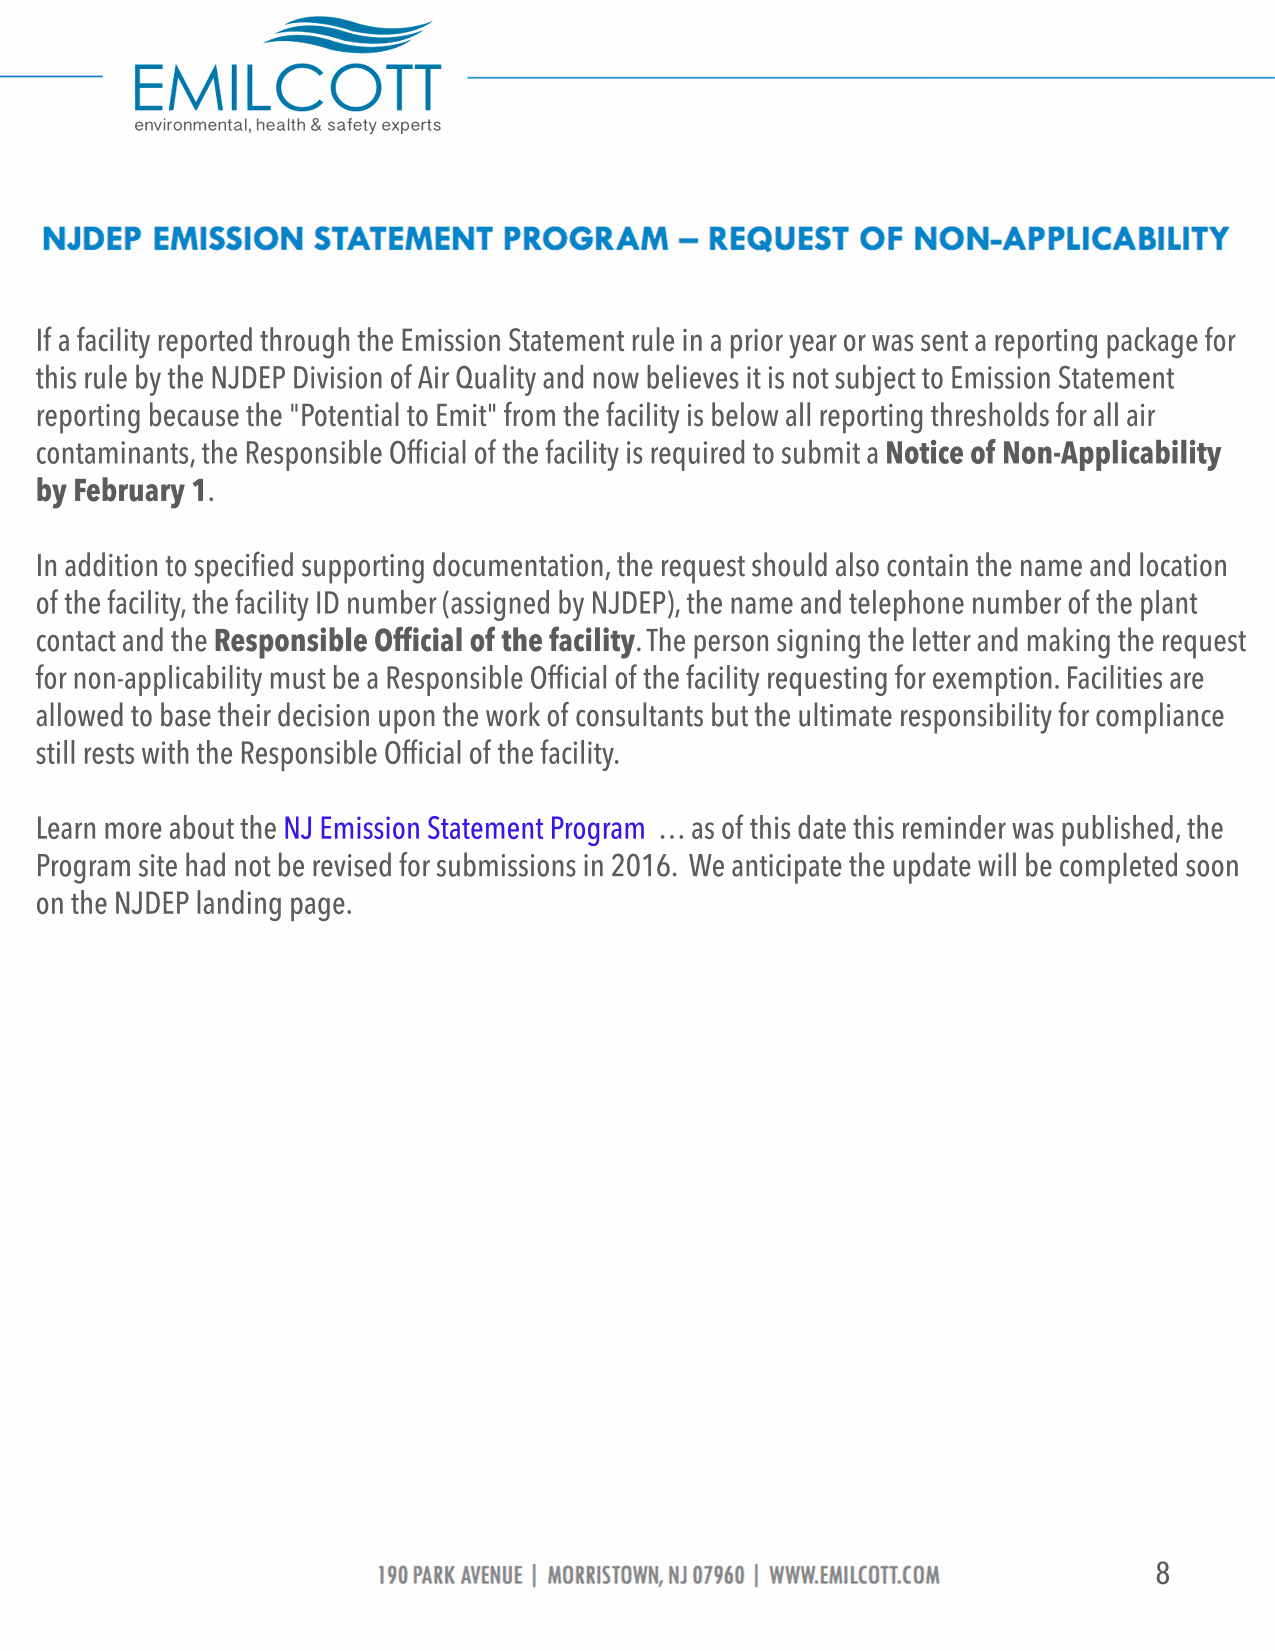
If a facility reported through the Emission Statement rule in a prior year or was sent a reporting package for
 this rule by the NJDEP Division of Air Quality and now believes it is not subject to Emission Statement
 reporting because the "Potential to Emit" from the facility is below all reporting thresholds for all air
 contaminants, the Responsible Official of the facility is required to submit a Notice of Non-Applicability
 by February 1.
 IInn aaddddiittiioonn ttoo ssppeecciififieedd ssuuppppoorrttiinngg ddooccuummeennttaattiioonn, the request should also contain the name and location
 of the facility, the facility ID number (assigned by NJDEP), the name and telephone number of the plant
 contact and the Responsible Official of the facility. The person signing the letter and making the request
 for non-applicability must be a Responsible Official of the facility requesting for exemption. Facilities are
 allowed to base their decision upon the work of consultants but the ultimate responsibility for compliance
 still rests with the Responsible Official of the facility.
 LLearn more about the N J E m i s s i o n S t a t e m e n t P r o g r a m … as of this date this reminder was published, the
 Program site had not be revised for submissions in 2016. We anticipate the update will be completed soon
 on the NJDEP landing page.
 8